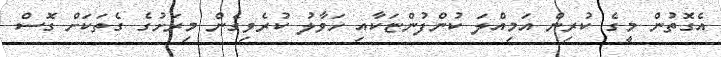
އެގޮތުން މީގެ ކުރިން އަމިއްލަ ކުންފުންޏަކާއި ހަވާލު ކުރެވިގެން މިރަށުގެ ގެތަކަށް ގޮސް